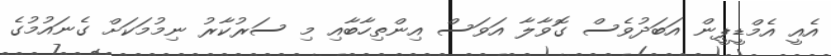
އެއީ އެމްޑީޕީން އަބަދުވެސް ގޮވާލާ އަވަސް އިންތިހާބާއި މި ސަރުކާރު ނިމުމަކަށް ގެނައުމުގެ